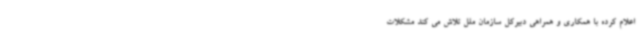
اعلام کرده با همکاری و همراهی دبیرکل سازمان ملل تلاش می کند مشکلات